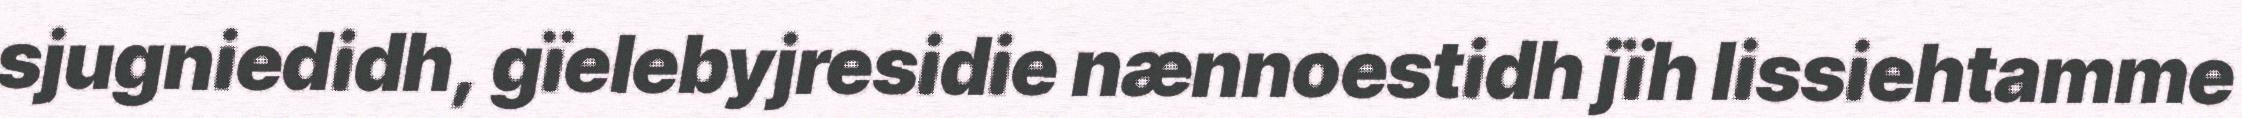
sjugniedidh, gïelebyjresidie nænnoestidh jïh lissiehtamme